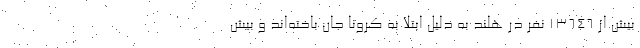
بیش از 13646 نفر در هلند به دلیل ابتلا به کرونا جان باخته‌اند و بیش